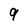
Character: 9